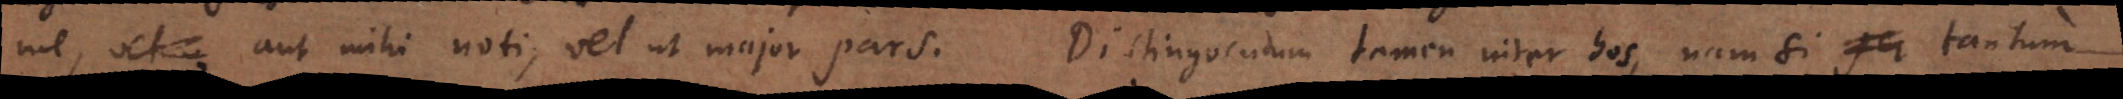
me, aut mihi noti, vel ut major pars. Distinguendum tamen inter hos, nam si tantum